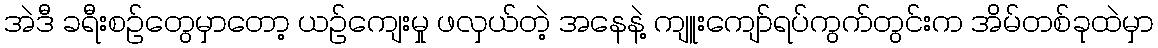
အဲဒီ ခရီးစဉ်တွေမှာတော့ ယဉ်ကျေးမှု ဖလှယ်တဲ့ အနေနဲ့ ကျူးကျော်ရပ်ကွက်တွင်းက အိမ်တစ်ခုထဲမှာ